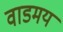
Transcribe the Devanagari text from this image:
वाडमय